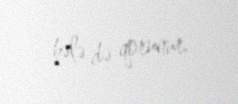
hələ də qorunur.